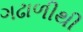
ગઢાળીથી